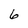
Character: 6